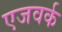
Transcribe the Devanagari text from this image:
एजवर्क